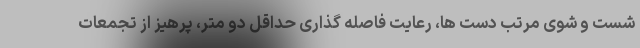
شست و شوی مرتب دست ها، رعایت فاصله گذاری حداقل دو متر، پرهیز از تجمعات